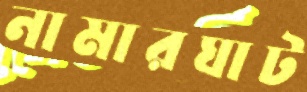
নামারঘাট